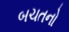
બચતનો